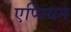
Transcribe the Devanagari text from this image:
एप्पियन